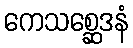
ကေသစ္ဆေဒနံ